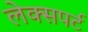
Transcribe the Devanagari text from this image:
लेक्सपर्ट